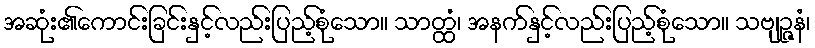
အဆုံး၏ကောင်းခြင်းနှင့်လည်းပြည့်စုံသော။ သာတ္ထံ၊ အနက်နှင့်လည်းပြည့်စုံသော။ သဗျဉ္ဇနံ၊